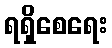
ရရှိစေရေး